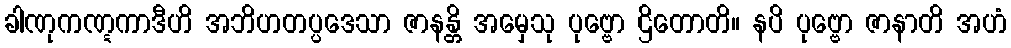
ခါဏုကဏ္ဋကာဒီဟိ အဘိဟတပ္ပဒေသာ ဇာနန္တိ အမှေသု ပုဗ္ဗော ဌိတောတိ။ နပိ ပုဗ္ဗော ဇာနာတိ အဟံ